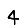
Digit: 4